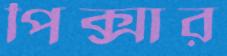
পিক্সার